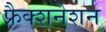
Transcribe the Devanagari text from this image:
फ्रैक्शनेशन